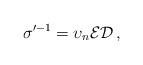
LaTeX: \begin{align*}\sigma'^{-1}=\upsilon_n \cal{ED}\,,\end{align*}